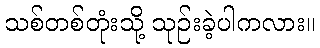
သစ်တစ်တုံးသို့ သုဉ်းခဲ့ပါကလား။